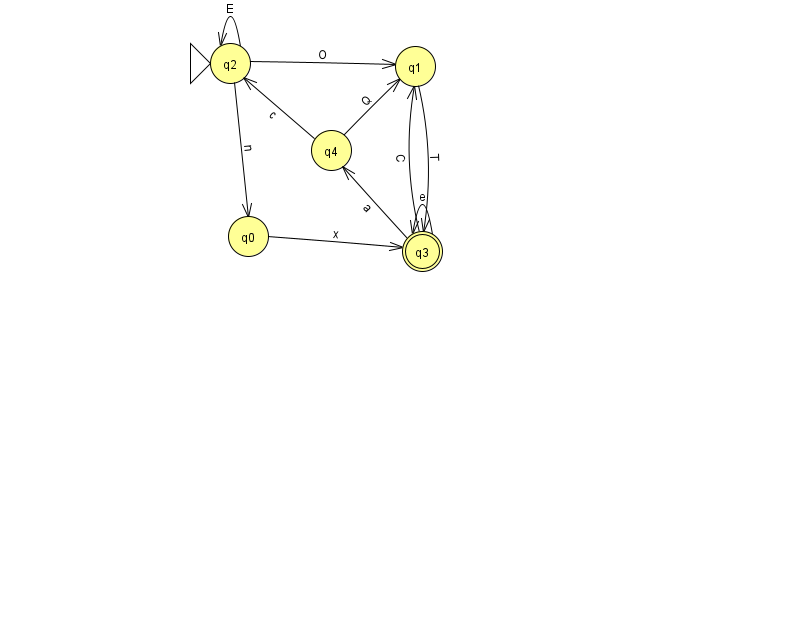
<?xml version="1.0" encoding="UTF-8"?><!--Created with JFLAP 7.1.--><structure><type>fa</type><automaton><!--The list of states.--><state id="0" name="q0"><x>248.0</x><y>223.0</y></state><state id="1" name="q1"><x>415.0</x><y>53.0</y></state><state id="2" name="q2"><x>230.0</x><y>50.0</y><initial/></state><state id="3" name="q3"><x>422.0</x><y>238.0</y><final/></state><state id="4" name="q4"><x>331.0</x><y>137.0</y></state><!--The list of transitions.--><transition><from>2</from><to>1</to><read>O</read></transition><transition><from>2</from><to>2</to><read>E</read></transition><transition><from>3</from><to>3</to><read>e</read></transition><transition><from>4</from><to>1</to><read>Q</read></transition><transition><from>3</from><to>1</to><read>C</read></transition><transition><from>0</from><to>3</to><read>x</read></transition><transition><from>2</from><to>0</to><read>n</read></transition><transition><from>3</from><to>4</to><read>a</read></transition><transition><from>4</from><to>2</to><read>c</read></transition><transition><from>1</from><to>3</to><read>T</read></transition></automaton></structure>